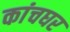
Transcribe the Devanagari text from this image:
कांचघर